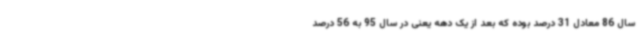
سال 86 معادل 31 درصد بوده که بعد از یک دهه یعنی در سال 95 به 56 درصد